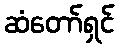
ဆံတော်ရှင်